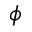
\phi